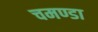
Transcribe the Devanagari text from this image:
चमण्डा